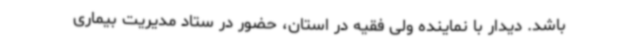
باشد. دیدار با نماینده ولی فقیه در استان، حضور در ستاد مدیریت بیماری